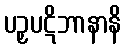
ပဉှပဋိဘာနာနိ